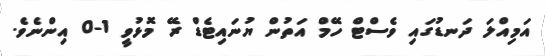
އަމިއްލަ ދަނޑުގައި ވެސްޓް ހޭމް އަތުން ޔުނައިޓެޑް ރޭ މޮޅުވީ 1-0 އިންނެވެ.